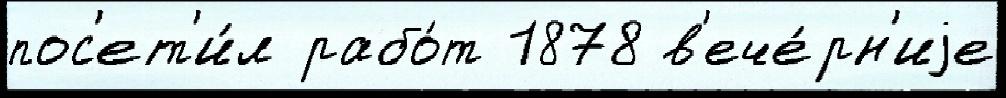
пос'ет'и́л рабо́т 1878 в'ече́рн'иjе